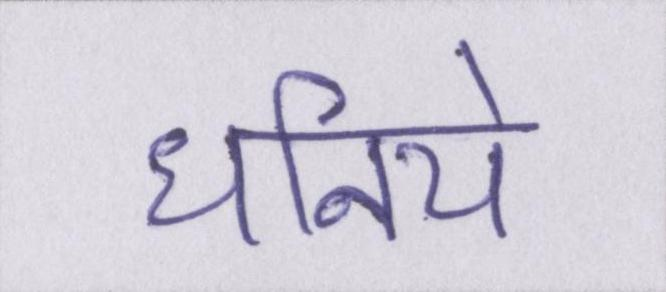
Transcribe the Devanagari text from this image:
धनिये